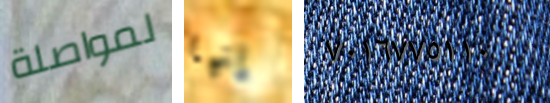
لمواصلة إنها ٧٠١٦٧٧٥١١٠